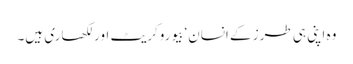
وہ اپنی ہی طرز کے انسان‘ بیوروکریٹ اور لکھاری ہیں۔